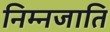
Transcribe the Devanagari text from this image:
निम्नजाति